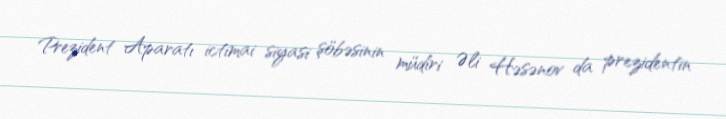
Prezident Aparatı ictimai siyasi şöbəsinin müdiri Əli Həsənov da prezidentin